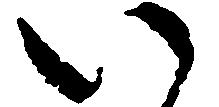
い